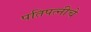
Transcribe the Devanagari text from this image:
पतिपत्नीचे